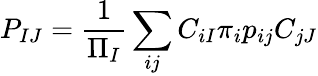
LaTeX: P_{IJ}=\frac{1}{\Pi_{I}}\sum_{ij}C_{iI}\pi_{i}p_{ij}C_{jJ}